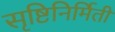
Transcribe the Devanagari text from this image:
सृष्टिनिर्मिती